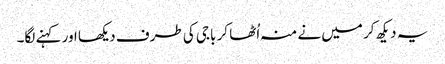
یہ دیکھ کر میں نے منہ اُٹھا کر باجی کی طرف دیکھا اور کہنے لگا۔